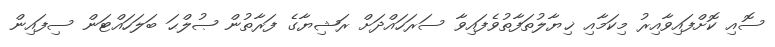
ސޮއި ކޮށްފައިވާއިރު މިކަމާއި ޚިޔާލުތަފާތުވެފައިވާ ސަރަހައްދަށް ރަޝިޔާގެ ފަރާތުން ޞުލްޙަ ބަލަހައްޓަން ސިފައިން